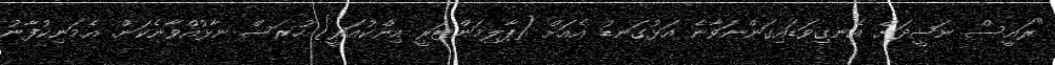
"ރައީސް ނަޝީދަށް އެނގިވަޑައިގަންނަވާނެ އަޅުގަނޑު އެއަށް [ޕާލިމަންޓަރީ އިންކުއަރީ] ހުރަސް ނާޅުއްވާނެކަން. އެމަނިކުފާނު